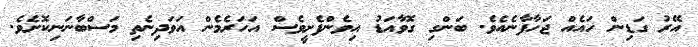
އޭރު ގަޑިން ހައެއް ޖަހާފާނެއެވެ. ބަންގި ގޮވާއަޑު އިވެންފެށީވެސް އަހަރެމެން އަވަދިނެތި މަސްބާނަނިކޮށެވެ.